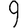
Digit: 9